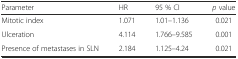
| Parameter | HR | 95 % CI | p value |
 | --- | --- | --- | --- |
 | Mitotic index | 1.071 | 1.01–1.136 | 0.021 |
 | Ulceration | 4.114 | 1.766–9.585 | 0.001 |
 | Presence of metastases in SLN | 2.184 | 1.125–4.24 | 0.021 |